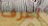
أعرف